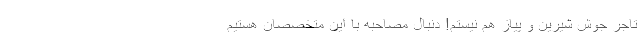
تاجر جوش شیرین و پیاز هم نیستم! دنبال مصاحبه با این متخصصان هستیم